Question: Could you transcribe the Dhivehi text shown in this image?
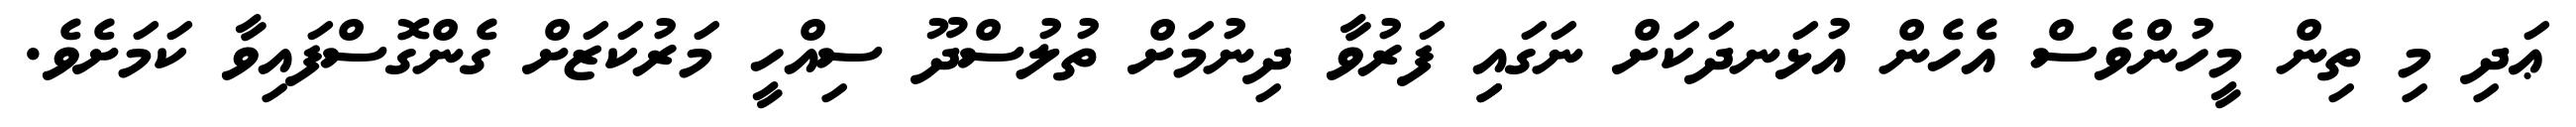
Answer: ޢަދި މި ތިން މީހުންވެސް އެހެން އުޅަނދަކަށް ނަގައިި ފަރުވާ ދިނުމަށް ތުލުސްދޫ ސިއްހީ މަރުކަޒަށް ގެންގޮސްފައިވާ ކަމަށެވެ.